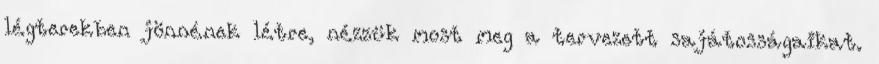
légterekben jönnének létre, nézzük most meg a tervezett sajátosságaikat.